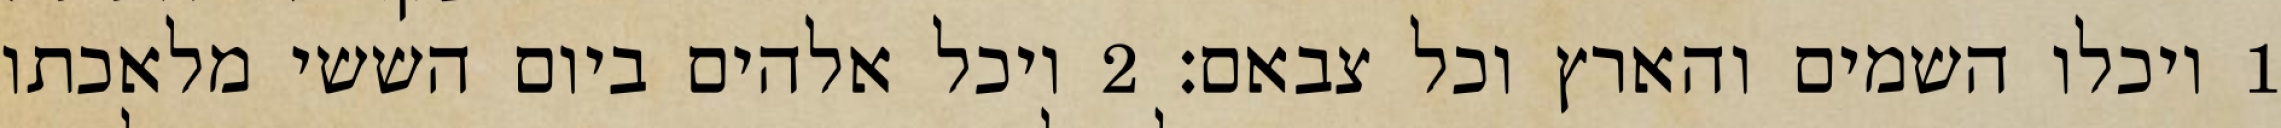
1 ויכלו השמים והארץ וכל צבאם׃ ‎2‏ ויכל אלהים ביום הששי מלאכתו